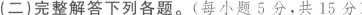
(二)完整解答下列各题。(每小题5分，共15分)